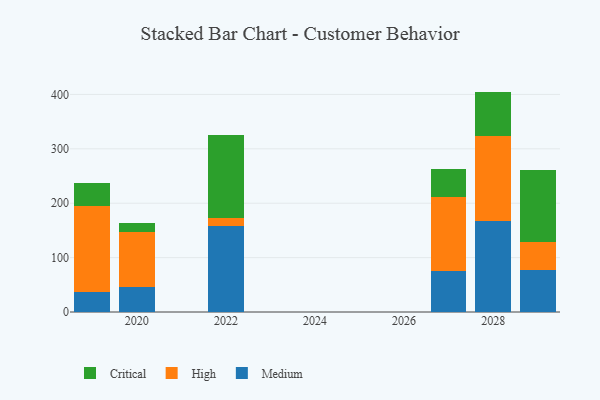
{"axis": {"x": "Year", "y": "Demand Index"}, "legend": ["Critical", "High", "Medium"], "data": [{"x": "2029", "y": 78.1, "type": "Medium"}, {"x": "2029", "y": 50.2, "type": "High"}, {"x": "2029", "y": 133.3, "type": "Critical"}, {"x": "2027", "y": 75.2, "type": "Medium"}, {"x": "2027", "y": 136.4, "type": "High"}, {"x": "2027", "y": 50.6, "type": "Critical"}, {"x": "2019", "y": 37.5, "type": "Medium"}, {"x": "2019", "y": 157.5, "type": "High"}, {"x": "2019", "y": 41.7, "type": "Critical"}, {"x": "2028", "y": 167.9, "type": "Medium"}, {"x": "2028", "y": 156.6, "type": "High"}, {"x": "2028", "y": 80.7, "type": "Critical"}, {"x": "2022", "y": 158.3, "type": "Medium"}, {"x": "2022", "y": 13.8, "type": "High"}, {"x": "2022", "y": 153.0, "type": "Critical"}, {"x": "2020", "y": 45.6, "type": "Medium"}, {"x": "2020", "y": 101.1, "type": "High"}, {"x": "2020", "y": 16.1, "type": "Critical"}]}